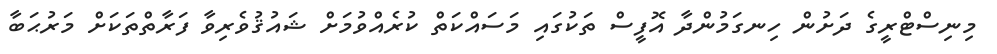
މިނިސްޓްރީގެ ދަށުން ހިނގަމުންދާ އޮފީސް ތަކުގައި މަސައްކަތް ކުރެއްވުމަށް ޝައުޤުވެރިވާ ފަރާތްތަކަށް މަރުޙަބާ